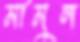
মামুল